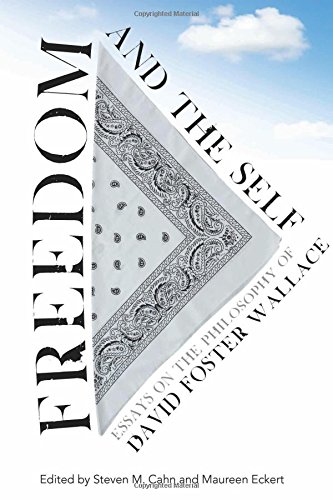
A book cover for Freedom and the Self: Essays on the Philosophy of David Foster Wallace; Politics & Social Sciences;